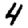
Digit: 4